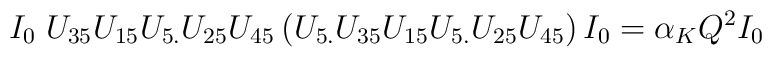
I_0\; U_{35}U_{15}U_{5.}U_{25}U_{45}\left(U_{5.}U_{35}U_{15}U_{5.}U_{25}U_{45}\right)I_0=\alpha_KQ^2I_0